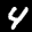
Label: 4